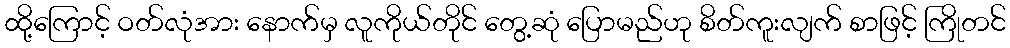
ထို့ကြောင့် ဝတ်လုံအား နောက်မှ လူကိုယ်တိုင် တွေ့ဆုံ ပြောမည်ဟု စိတ်ကူးလျက် စာဖြင့် ကြိုတင်